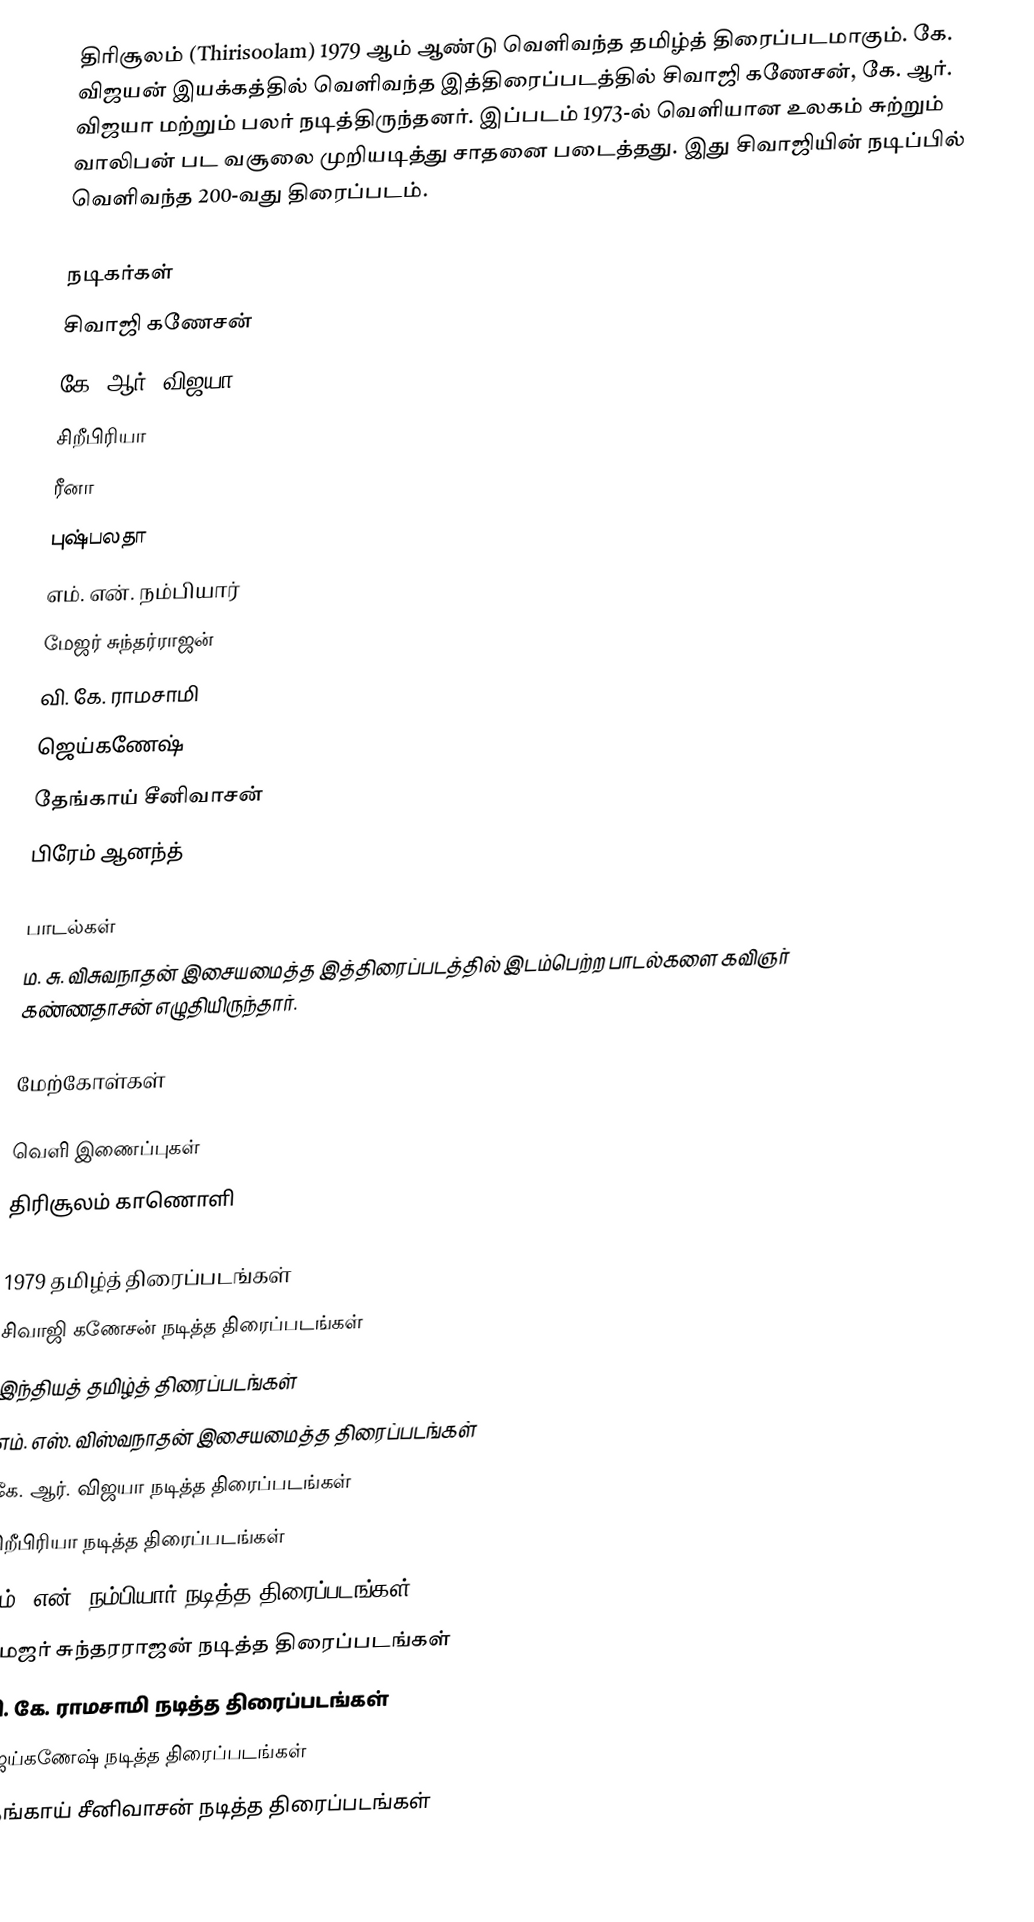
திரிசூலம் (Thirisoolam) 1979 ஆம் ஆண்டு வெளிவந்த தமிழ்த் திரைப்படமாகும். கே. விஜயன் இயக்கத்தில் வெளிவந்த இத்திரைப்படத்தில் சிவாஜி கணேசன், கே. ஆர். விஜயா மற்றும் பலர் நடித்திருந்தனர். இப்படம் 1973-ல் வெளியான உலகம் சுற்றும் வாலிபன் பட வசூலை முறியடித்து சாதனை படைத்தது. இது சிவாஜியின் நடிப்பில் வெளிவந்த 200-வது திரைப்படம்.

நடிகர்கள்
 சிவாஜி கணேசன்
 கே. ஆர். விஜயா
 சிறீபிரியா
 ரீனா
 புஷ்பலதா
 எம். என். நம்பியார்
 மேஜர் சுந்தர்ராஜன்
 வி. கே. ராமசாமி
 ஜெய்கணேஷ்
 தேங்காய் சீனிவாசன்
 பிரேம் ஆனந்த்

பாடல்கள்
ம. சு. விசுவநாதன் இசையமைத்த இத்திரைப்படத்தில் இடம்பெற்ற பாடல்களை கவிஞர் கண்ணதாசன் எழுதியிருந்தார்.

மேற்கோள்கள்

வெளி இணைப்புகள்
 திரிசூலம் காணொளி

1979 தமிழ்த் திரைப்படங்கள்
சிவாஜி கணேசன் நடித்த திரைப்படங்கள்
இந்தியத் தமிழ்த் திரைப்படங்கள்
எம். எஸ். விஸ்வநாதன் இசையமைத்த திரைப்படங்கள்
கே. ஆர். விஜயா நடித்த திரைப்படங்கள்
சிறீபிரியா நடித்த திரைப்படங்கள்
எம். என். நம்பியார் நடித்த திரைப்படங்கள்
மேஜர் சுந்தரராஜன் நடித்த திரைப்படங்கள்
வி. கே. ராமசாமி நடித்த திரைப்படங்கள்
ஜெய்கணேஷ் நடித்த திரைப்படங்கள்
தேங்காய் சீனிவாசன் நடித்த திரைப்படங்கள்